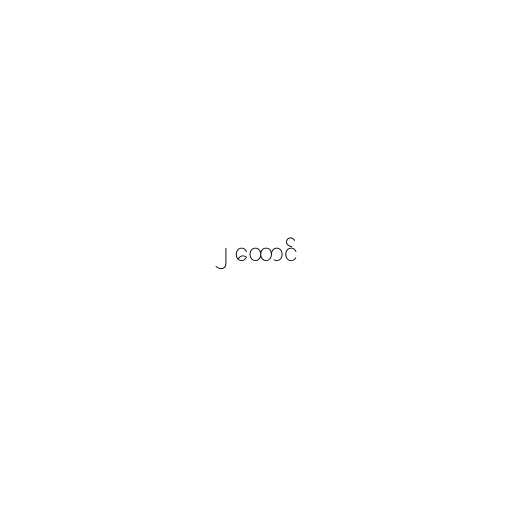
၂ ထောင်